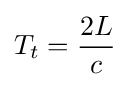
T_{t}={\frac {2L}{c}}